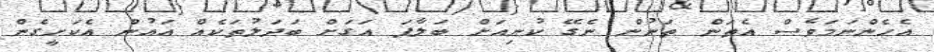
އެހެންނަމަވެސް އެތަން ތަނުން ނެގޭ ކުނިއަށް ބަލާފަ އަގަށް ބަދަލުތަކެއް އައުން އެކަށީގެން